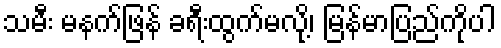
သမီး မနက်ဖြန် ခရီးထွက်မလို့၊ မြန်မာပြည်ကိုပါ